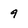
Character: 9